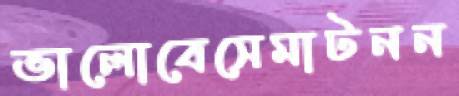
ভালোবেসেমাটনন